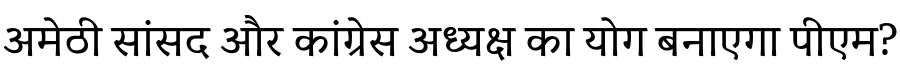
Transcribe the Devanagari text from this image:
अमेठी सांसद और कांग्रेस अध्यक्ष का योग बनाएगा पीएम?